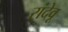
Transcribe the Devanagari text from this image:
रांदेवू